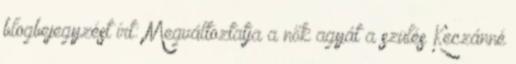
blogbejegyzést írt: Megváltoztatja a nők agyát a szülés Keczánné